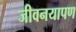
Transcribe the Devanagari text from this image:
जीवनयापण